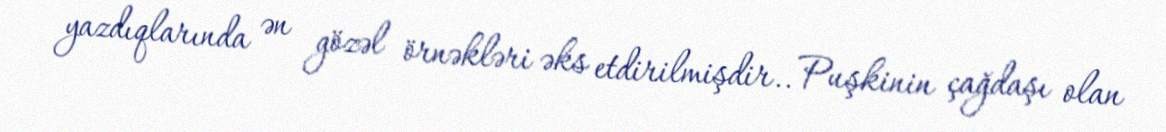
yazdıqlarında ən gözəl örnəkləri əks etdirilmişdir.. Puşkinin çağdaşı olan